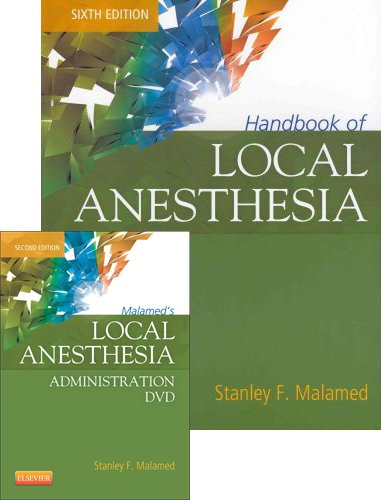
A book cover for Handbook of Local Anesthesia - Book and DVD Package, 6e; Stanley F. Malamed DDS; Medical Books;